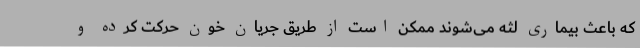
که باعث بیماری لثه می‌شوند ممکن است از طریق جریان خون حرکت کرده و